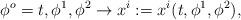
LaTeX: \begin{align*}\phi^o=t, \phi^1, \phi^2\to x^i:=x^i(t,\phi^1,\phi^2),\end{align*}